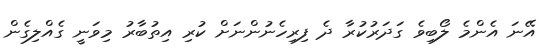
އޭނަ އެންމެ ލޯބިވެ ގަދަރުކުރާ ދެ ފިރިހެނުންނަށް ކުރި އިތުބާރު މިވަނީ ގެއްލިގެން